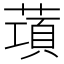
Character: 𦺣